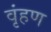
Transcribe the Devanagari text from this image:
वृंहण